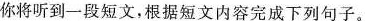
你将听到一段短文,根据短文内容完成下列句子.